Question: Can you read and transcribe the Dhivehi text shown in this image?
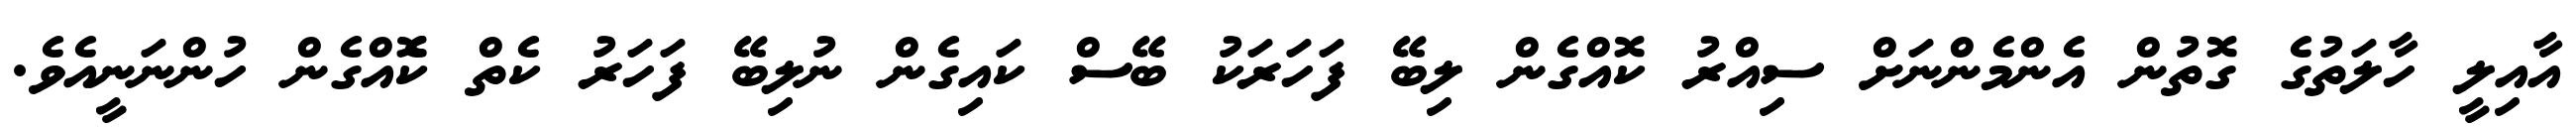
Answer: އާއިލީ ހާލަތުގެ ގޮތުން އެންމެންނަށް ސިއްރު ކޮއްގެން ލިބޭ ފަހަރަކު ބޭސް ކައިގެން ނުލިބޭ ފަހަރު ކެތް ކޮެއްގެން ހުންނަނީއެވެ.